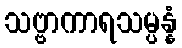
သဗ္ဗာကာရသမ္ပန္နံ